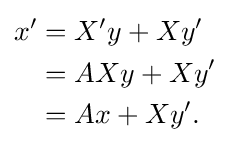
{\begin{aligned}x'&=X'y+Xy'\\&=AXy+Xy'\\&=Ax+Xy'.\end{aligned}}